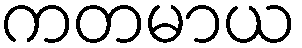
ကတမာယ